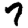
Digit: 7